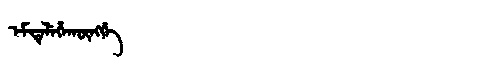
Manchu: ᡝᠮᡨᡝᠯᡝᡥᠠᡴᡡᠩᡤᡝ
Romanization: EMTELEHAKŪNGGE